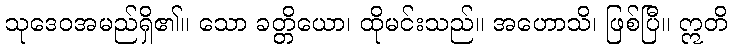
သုဒေဝအမည်ရှိ၏။ သော ခတ္တိယော၊ ထိုမင်းသည်။ အဟောသိ၊ ဖြစ်ပြီ။ ဣတိ